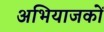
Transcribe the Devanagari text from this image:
अभियाजकों